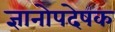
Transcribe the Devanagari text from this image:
ज्ञानोपदेषक